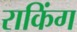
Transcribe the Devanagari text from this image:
राकिंग